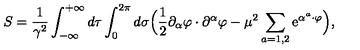
S = \frac { 1 } { \gamma ^ { 2 } } \int _ { - \infty } ^ { + \infty } d \tau \int _ { 0 } ^ { 2 \pi } d \sigma \Bigl ( \frac { 1 } { 2 } \partial _ { \alpha } \varphi \cdot \partial ^ { \alpha } \varphi - \mu ^ { 2 } \sum _ { a = 1 , 2 } \mathrm { e } ^ { \alpha ^ { a } \cdot \varphi } \Bigr ) ,